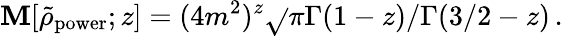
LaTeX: \mathbf{M}[\tilde{{\rho}}_{\mathrm{{power}}};z]=(4m^{2})^{z}\sqrt{}{{\pi}}\Gamma(1-z)/\Gamma(3/2-z)\, .